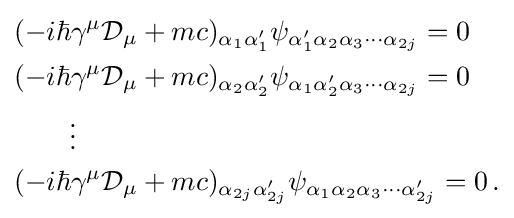
{\begin{aligned}&(-i\hbar \gamma ^{\mu }{\mathcal {D}}_{\mu }+mc)_{\alpha _{1}\alpha _{1}'}\psi _{\alpha '_{1}\alpha _{2}\alpha _{3}\cdots \alpha _{2j}}=0\\&(-i\hbar \gamma ^{\mu }{\mathcal {D}}_{\mu }+mc)_{\alpha _{2}\alpha _{2}'}\psi _{\alpha _{1}\alpha '_{2}\alpha _{3}\cdots \alpha _{2j}}=0\\&\qquad \vdots \\&(-i\hbar \gamma ^{\mu }{\mathcal {D}}_{\mu }+mc)_{\alpha _{2j}\alpha '_{2j}}\psi _{\alpha _{1}\alpha _{2}\alpha _{3}\cdots \alpha '_{2j}}=0\,.\\\end{aligned}}